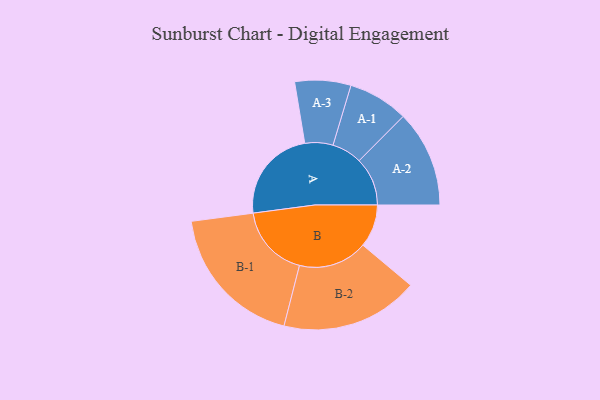
{"axis": {"x": "Segment", "y": "Value"}, "legend": ["", "A", "B"], "data": [{"x": "A", "y": 357, "type": ""}, {"x": "B", "y": 162, "type": ""}, {"x": "A-1", "y": 114, "type": "A"}, {"x": "A-2", "y": 183, "type": "A"}, {"x": "A-3", "y": 106, "type": "A"}, {"x": "B-1", "y": 276, "type": "B"}, {"x": "B-2", "y": 261, "type": "B"}]}